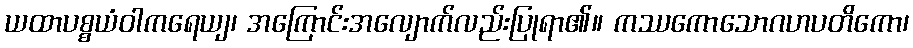
ယထာပစ္စယံဝါကရေယျ၊ အကြောင်းအလျောက်လည်းပြုရာ၏။ ကဿကောသောဂဟပတိကော၊